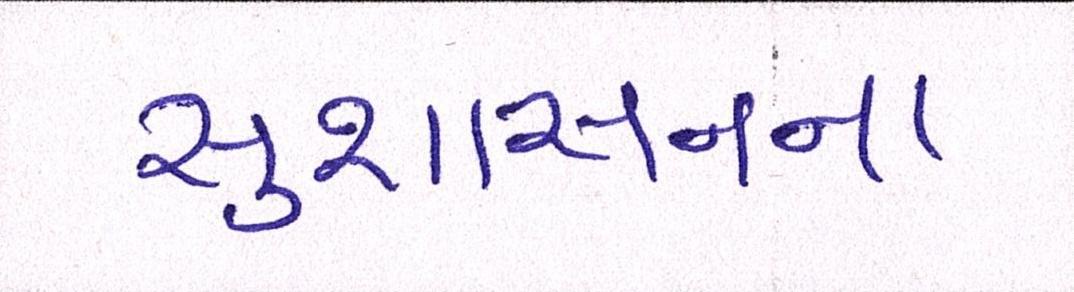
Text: સુશાસનના